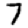
Digit: 7